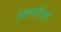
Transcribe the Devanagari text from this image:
मुकस्सीमाह